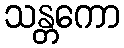
သန္တကော